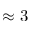
\approx 3